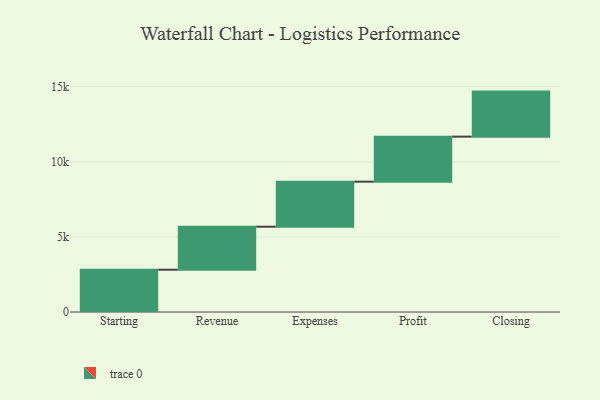
{"axis": {"x": "Step", "y": "Value"}, "legend": [""], "data": [{"x": "Starting", "y": 2816.0, "type": ""}, {"x": "Revenue", "y": 2865.0, "type": ""}, {"x": "Expenses", "y": 3000, "type": ""}, {"x": "Profit", "y": 3000, "type": ""}, {"x": "Closing", "y": 3000, "type": ""}]}